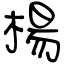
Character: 楊